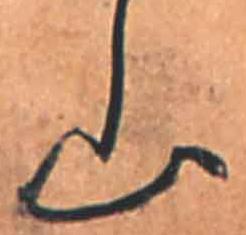
山